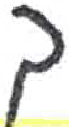
אות: ך